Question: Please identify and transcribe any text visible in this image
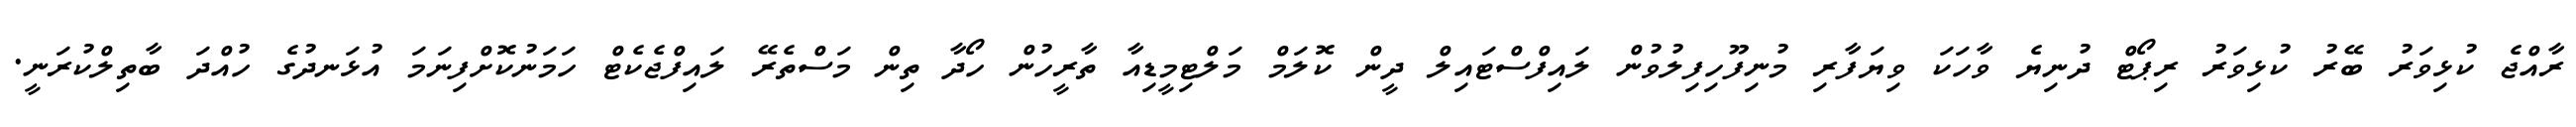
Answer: ރާއްޖެ ކުޅިވަރު ބޭރު ކުޅިވަރު ރިޕޯޓް ދުނިޔެ ވާހަކަ ވިޔަފާރި މުނިފޫހިފިލުވުން ލައިފްސްޓައިލް ދީން ކޮލަމް މަލްޓިމީޑިއާ ތާރީހުން ހޯދާ ތިން މަސްތެރޭ ލައިފްޖެކެޓް ހަމަނުކޮށްފިނަމަ އުޅަނދުގެ ހުއްދަ ބާތިލްކުރަނީ.